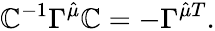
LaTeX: \mathbb{C}^{-1}\Gamma^{\hat{{\mu}}}\mathbb{C}=-\Gamma^{\hat{{\mu}}T}.